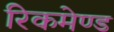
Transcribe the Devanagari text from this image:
रिकमेण्ड